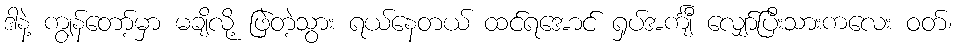
ဒါနဲ့ ကျွန်တော့်မှာ မချိလို့ ဖြဲတဲ့သွား ရယ်နေတယ် ထင်ရအောင် ရှပ်အင်္ကျီ လျှော်ပြီးသားကလေး ဝတ်၊